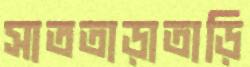
সাততাড়াতাড়ি